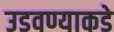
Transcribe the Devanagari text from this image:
उडवण्याकडे